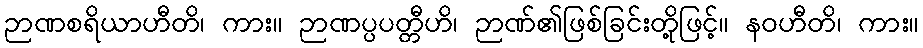
ဉာဏစရိယာဟီတိ၊ ကား။ ဉာဏပ္ပပတ္တီဟိ၊ ဉာဏ်၏ဖြစ်ခြင်းတို့ဖြင့်။ နဝဟီတိ၊ ကား။